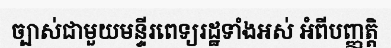
ច្បាស់ជាមួយមន្ទីរពេទ្យរដ្ឋទាំងអស់ អំពីបញ្ញត្តិ